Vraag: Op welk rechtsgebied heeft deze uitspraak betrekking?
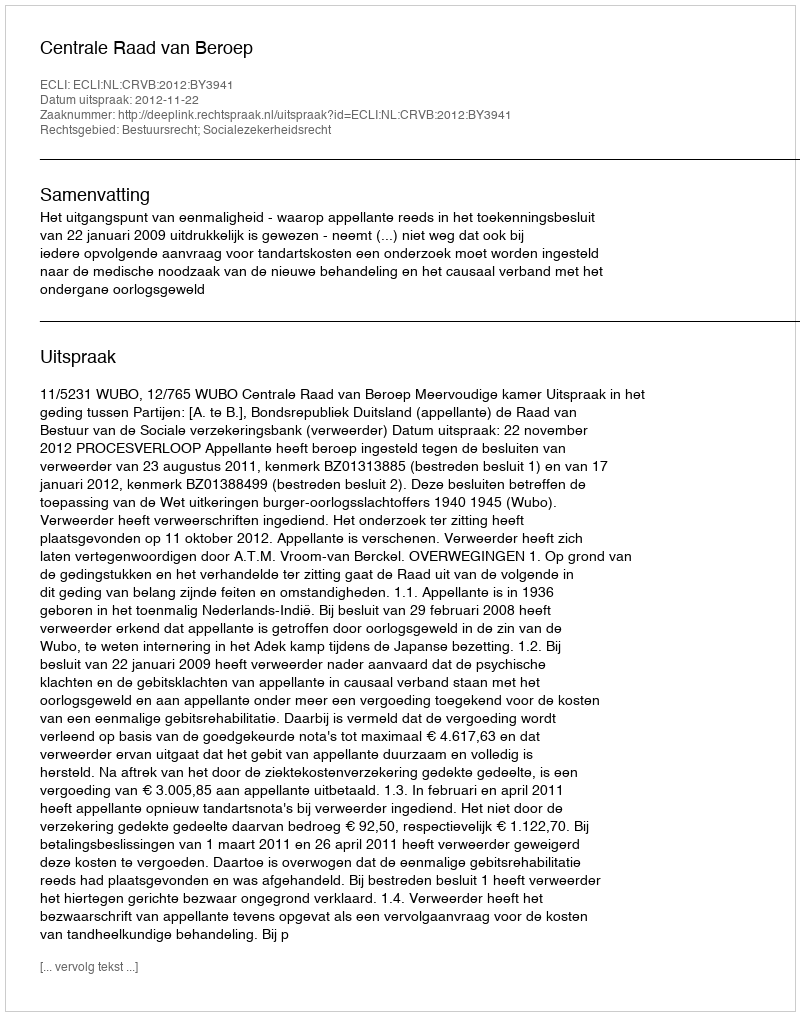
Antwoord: Bestuursrecht; Socialezekerheidsrecht